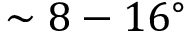
\sim 8 - 1 6 ^ { \circ }